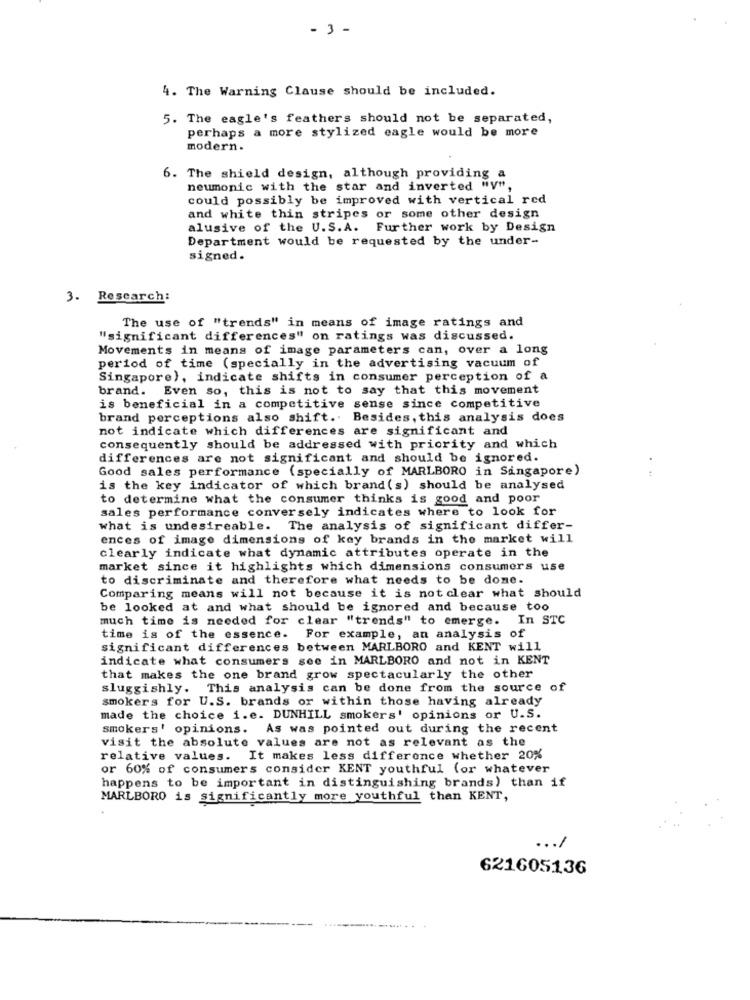
- 3 -
4. The Warning Clause should be included.
5. The eagle's feathers should not be separated,
perhaps a more stylized eagle would be more
modern.
6. The shield design, although providing a
neumonic with the star and inverted "y"
could possibly be improved with vertical red
and white thin stripes or some other design
alusive of the U.S.A. Further work by Design
Department would be requested by the under-
signed.
3. Research:
The use of "trends" in means of image ratings and
"significant differences" on ratings was discussed.
Movements in means of image parameters can, over a long
period of time (specially in the advertising vacuum of
Singapore), indicate shifts in consumer perception of a
brand. Even so, this is not to say that this movement
is beneficial in a competitive sense since competitive
brand perceptions also shift .. Besides, this analysis does
not indicate which differences are significant and
consequently should be addressed with priority and which
differences are not significant and should be ignored.
Good sales performance (specially of MARLBORO in Singapore)
is the key indicator of which brand (s) should be analysed
to determine what the consumer thinks is good and poor
sales performance conversely indicates where to look for
what is undesireable. The analysis of significant differ-
ences of image dimensions of key brands in the market will
clearly indicate what dynamic attributes operate in the
market since it highlights which dimensions consumers use
to discriminate and therefore what needs to be done.
Comparing means will not because it is not clear what should
be looked at and what should be ignored and because too
much time is needed for clear "trends" to emerge. In STC
time is of the essence. For example, an analysis of
significant differences between MARLBORO and KENT will
indicate what consumers see in MARLBORO and not in KENT
that makes the one brand grow spectacularly the other
sluggishly. This analysis can be done from the source of
smokers for U.S. brands or within those having already
made the choice i.e. DUNHILL smokers' opinions or U.S.
smokers' opinions. As was pointed out during the recent
visit the absolute values are not as relevant as the
relative values. It makes less difference whether 20%
or 60% of consumers consider KENT youthful (or whatever
happens to be important in distinguishing brands) than if
MARLBORO is significantly more youthful than KENT,
.. /
621605136